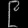
Digit: ၉